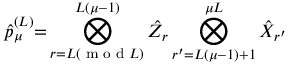
\hat { p } _ { \mu } ^ { ( L ) } { = } \bigotimes _ { r = L ( \textrm { m o d } L ) } ^ { L ( \mu - 1 ) } \hat { Z } _ { r } \bigotimes _ { r ^ { \prime } = L ( \mu - 1 ) + 1 } ^ { \mu L } \hat { X } _ { r ^ { \prime } }